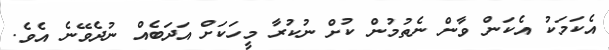
އެކަމަކު އެކަން ވާން ނެތުމުން ކުށް ނުކުރާ މީހަކަށް އަދަބެއް ނުދެވޭނެ އެވެ.